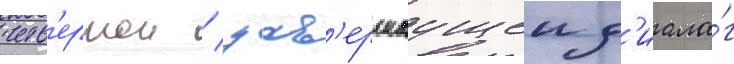
четв'ертои / зав'ершаущеи д'иало́г